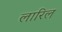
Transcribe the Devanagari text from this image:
लारिल